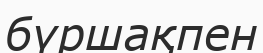
бүршақпен